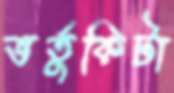
ভর্তুকিটা